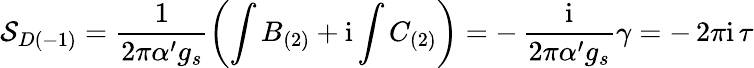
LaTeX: {\cal S}_{D(-1)}=\frac{1}{2\pi\alpha^{\prime}g_{s}}\left(\int B_{(2)}+\mathrm{i}\int C_{(2)}\right)=-\, \frac{\mathrm{i}}{2\pi\alpha^{\prime}g_{s}}\gamma=-\, 2\pi\mathrm{i}\, \tau